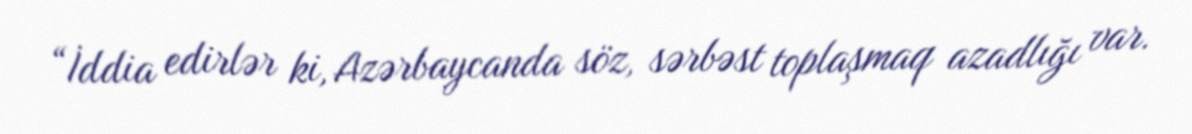
“İddia edirlər ki, Azərbaycanda söz, sərbəst toplaşmaq azadlığı var.